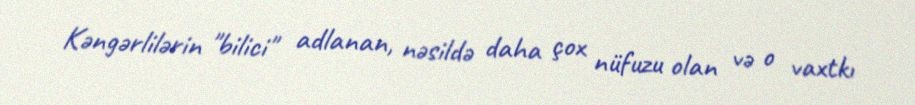
Kəngərlilərin "bilici" adlanan, nəsildə daha çox nüfuzu olan və o vaxtkı